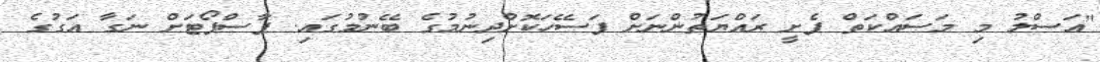
"އަސްލު މި މަސައްކަތް ފެށީ ރައްޔަތުންނަށް ފަސޭހަކޮށްދިނުމުގެ ބޭނުމުގައި. ޕާސްޕޯޓަށް ނަގާ އަގުގެ